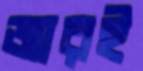
জারই